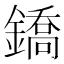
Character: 鐈